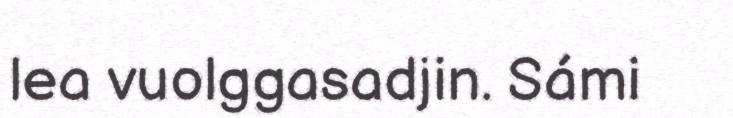
lea vuolggasadjin. Sámi